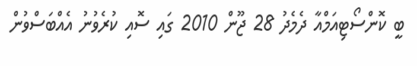
ބީ ކޮންސޯޓިއަމްއާ ދެމެދު 28 ޖޫން 2010 ގައި ސޮއި ކުރެވުނު އެއްބަސްވުން